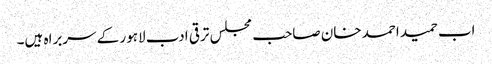
اب حمید احمد خان صاحب مجلس ترقی ادب لاہور کے سربراہ ہیں۔